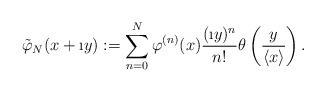
LaTeX: \begin{align*}\tilde{\varphi}_N(x+\i y) := \sum \limits_{n=0}^{N} \varphi^{(n)}(x) \frac{(\i y)^n}{n!}\theta \left( \frac{y}{\langle x \rangle}\right).\end{align*}